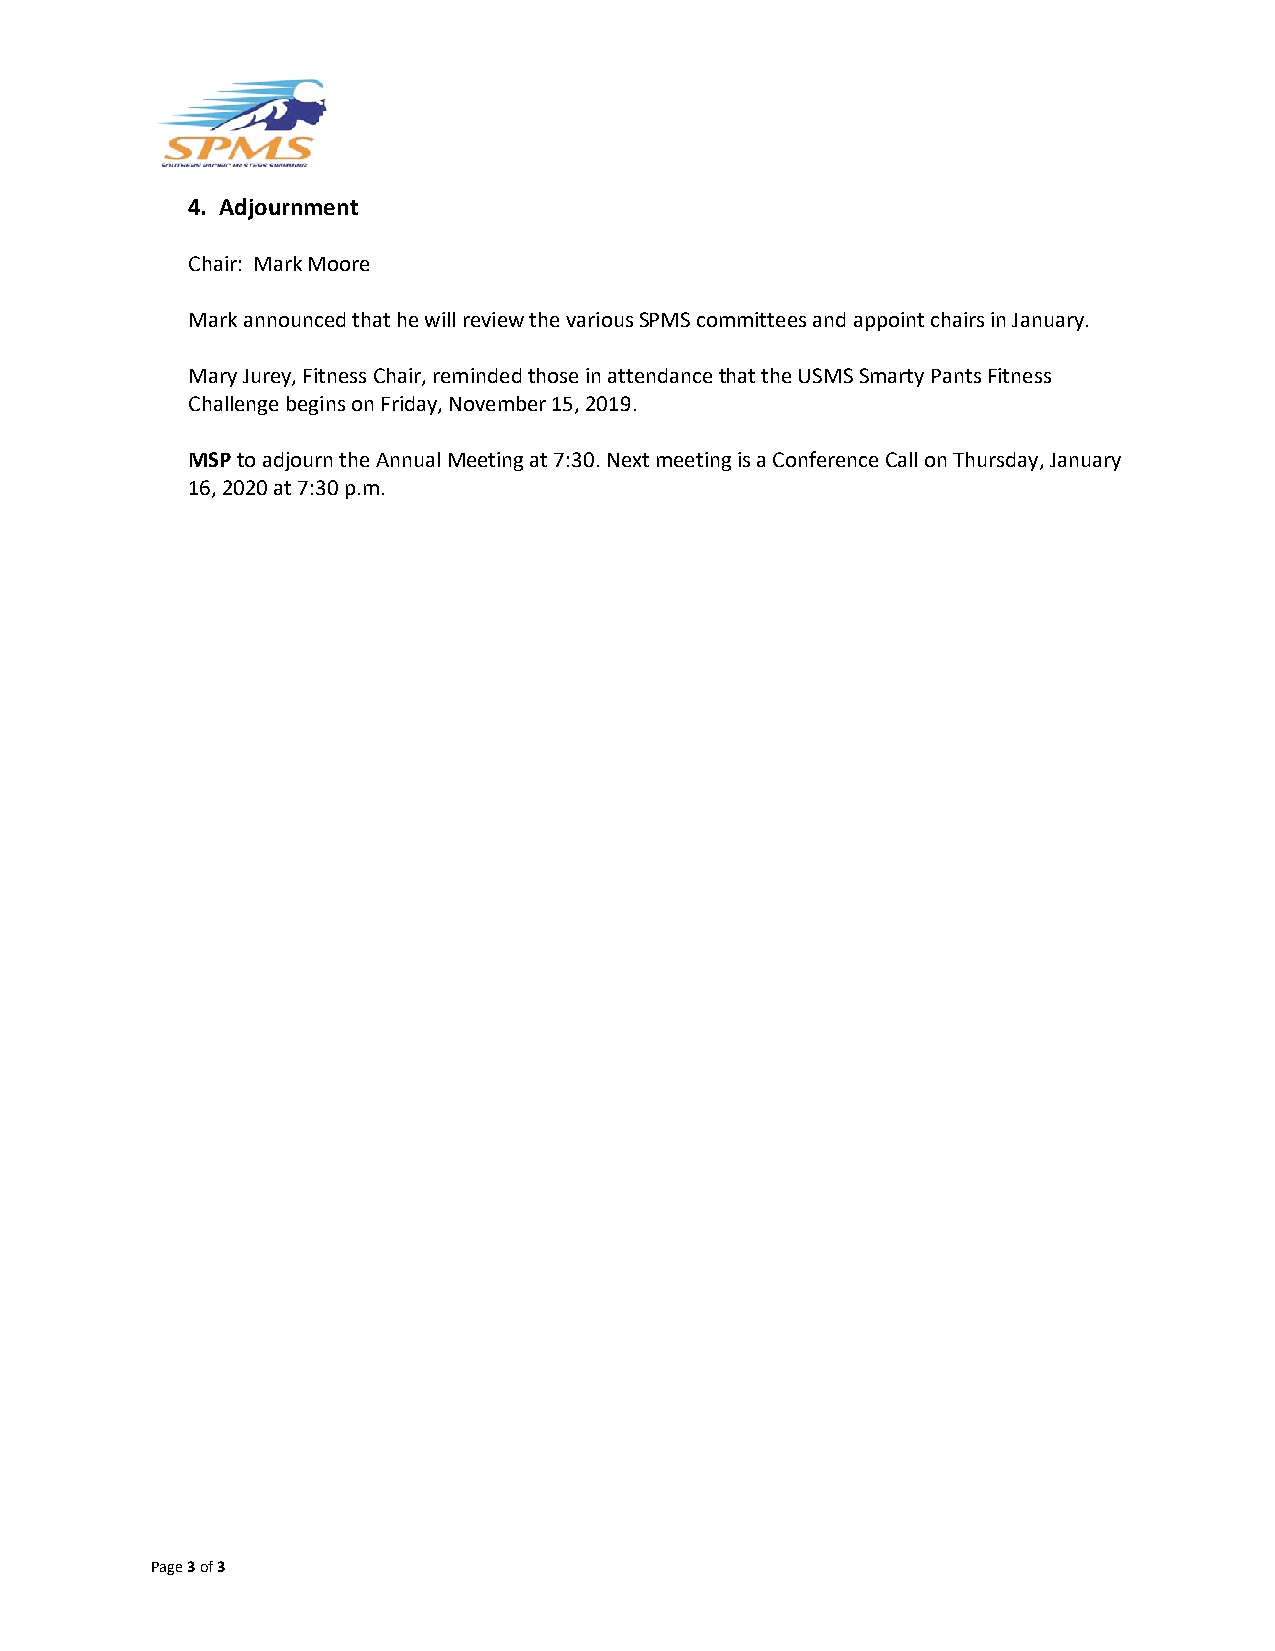
4. Adjournment
 Chair: Mark Moore
 Mark announced that he will review the various SPMS committees and appoint chairs in January.
 Mary Jurey, Fitness Chair, reminded those in attendance that the USMS Smarty Pants Fitness
 Challenge begins on Friday, November 15, 2019.
 MSP to adjourn the Annual Meeting at 7:30. Next meeting is a Conference Call on Thursday, January
 16, 2020 at 7:30 p.m.
 Page 3 of 3